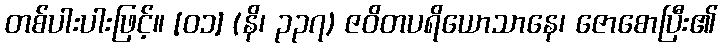
တစ်ပါးပါးဖြင့်။ [၀၁] (နိ၊ ၃၃၇) ဇဝိတပရိယောသာနေ၊ ဇောစောပြီး၏